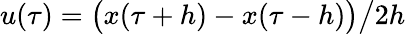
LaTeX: u(\tau)=\bigl(x(\tau+h)-x(\tau-h)\bigr)\big/2h